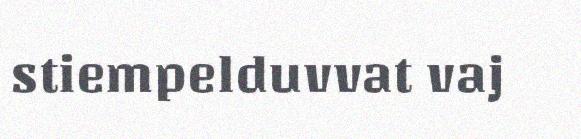
stiempelduvvat vaj